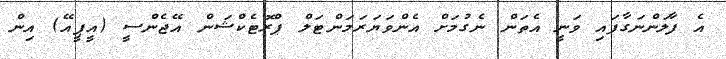
އެ ފާލަންނަގާފައި ވަނީ އެތަން ނެގުމަށް އެންވަޔަރަމަންޓަލް ޕްރޮޓެކްޝަން އޭޖެންސީ (އީޕީއޭ) އިން